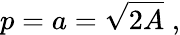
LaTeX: p=a={\sqrt{2A}}\; ,